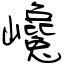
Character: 巉